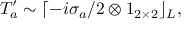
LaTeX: T _ { a } ^ { \prime } \sim \lceil - i \sigma _ { a } / 2 \otimes 1 _ { 2 \times 2 } \rfloor _ { L } ,